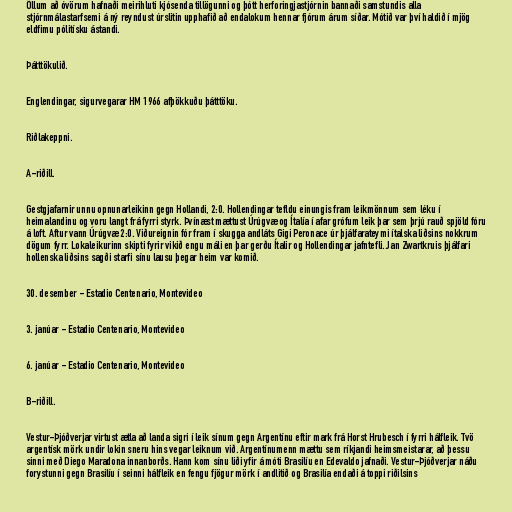
Öllum að óvörum hafnaði meirihluti kjósenda tillögunni og þótt herforingjastjórnin bannaði samstundis alla
stjórnmálastarfsemi á ný reyndust úrslitin upphafið að endalokum hennar fjórum árum síðar. Mótið var því haldið í mjög
eldfimu pólitísku ástandi.

Þátttökulið.

Englendingar, sigurvegarar HM 1966 afþökkuðu þátttöku.

Riðlakeppni.

A-riðill.

Gestgjafarnir unnu opnunarleikinn gegn Hollandi, 2:0. Hollendingar tefldu einungis fram leikmönnum sem léku í
heimalandinu og voru langt frá fyrri styrk. Þvínæst mættust Úrúgvæ og Ítalía í afar grófum leik þar sem þrjú rauð spjöld fóru
á loft. Aftur vann Úrúgvæ 2:0. Viðureignin fór fram í skugga andláts Gigi Peronace úr þjálfarateymi ítalska liðsins nokkrum
dögum fyrr. Lokaleikurinn skipti fyrir vikið engu máli en þar gerðu Ítalir og Hollendingar jafntefli. Jan Zwartkruis þjálfari
hollenska liðsins sagði starfi sínu lausu þegar heim var komið.

30. desember - Estadio Centenario, Montevideo

3. janúar - Estadio Centenario, Montevideo

6. janúar - Estadio Centenario, Montevideo

B-riðill.

Vestur-Þjóðverjar virtust ætla að landa sigri í leik sínum gegn Argentínu eftir mark frá Horst Hrubesch í fyrri hálfleik. Tvö
argentísk mörk undir lokin sneru hins vegar leiknum við. Argentínumenn mættu sem ríkjandi heimsmeistarar, að þessu
sinni með Diego Maradona innanborðs. Hann kom sínu liði yfir á móti Brasilíu en Edevaldo jafnaði. Vestur-Þjóðverjar náðu
forystunni gegn Brasilíu í seinni hálfleik en fengu fjögur mörk í andlitið og Brasilía endaði á toppi riðilsins